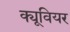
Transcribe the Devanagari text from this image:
क्यूवियर